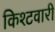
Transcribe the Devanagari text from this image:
किश्टवारी